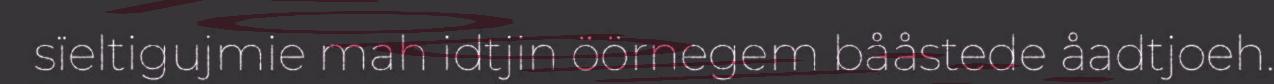
sïeltigujmie mah idtjin öörnegem bååstede åadtjoeh.